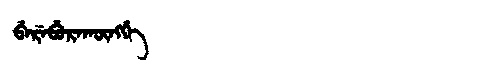
Manchu: ᠪᡝᡵᡝᠪᡠᡵᠠᡴᡡᠩᡤᡝ
Romanization: BEREBURAKŪNGGE